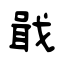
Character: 戢